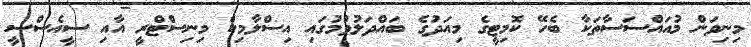
މިނިވަން މުއައްސަސާތަކާ ބެހޭ ކޮމިޓީގެ މިއަދުގެ ބައްދަލުވުމުގައި އިސްލާމިކް މިނިސްޓްރީ އާއި ސީއެސްސީ